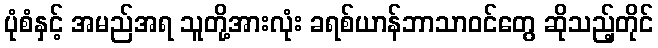
ပုံစံနှင့် အမည်အရ သူတို့အားလုံး ခရစ်ယာန်ဘာသာဝင်တွေ ဆိုသည့်တိုင်